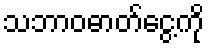
သဘာဝဓာတ်ငွေ့ကို